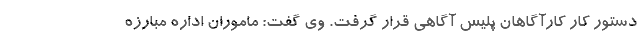
دستور کار کارآگاهان پلیس آگاهی قرار گرفت. وی گفت: ماموران اداره مبارزه